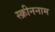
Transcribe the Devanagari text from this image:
स्क्रीननाम